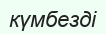
күмбезді